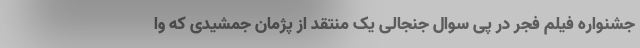
جشنواره فیلم فجر در پی سوال جنجالی یک منتقد از پژمان جمشیدی که وا